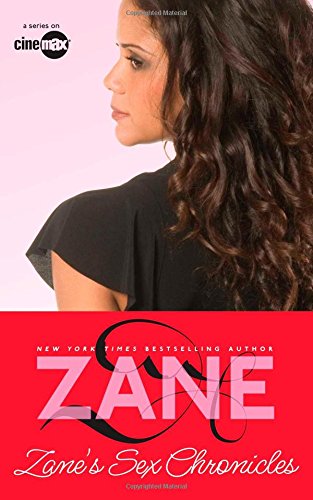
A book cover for Sex Chronicles; Zane; Romance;